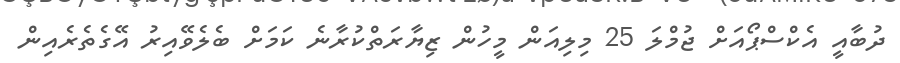
ދުބާއީ އެކްސްޕޯއަށް ޖުމްލަ 25 މިލިއަން މީހުން ޒިޔާރަތްކުރާނެ ކަމަށް ބެލެވޭއިރު އޭގެތެރެއިން